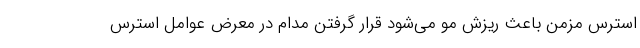
استرس مزمن باعث ریزش مو می‌شود قرار گرفتن مدام در معرض عوامل استرس